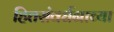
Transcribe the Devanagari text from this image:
हितसंवर्धनाच्या